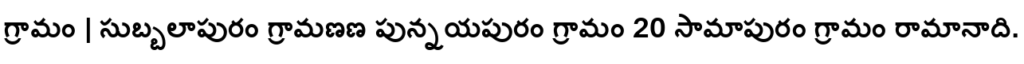
గ్రామం | సుబ్బలాపురం గ్రామణణ పున్నయపురం గ్రామం 20 సామాపురం గ్రామం రామానాది.